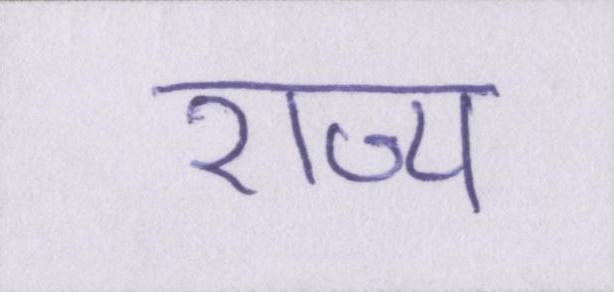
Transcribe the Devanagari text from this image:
राज्य